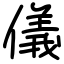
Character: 儀